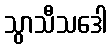
သွာသီသဒေါ